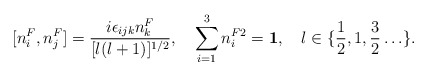
\begin{align*}[n_i^F, n_j^F] = \frac{i \epsilon_{ijk} n_k^F}{[l(l+1)]^{1/2}}, \quad \sum_{i=1}^3 n_i^{F2} = {\bf 1}, \quad l \in\{\frac{1}{2}, 1, \frac{3}{2} \ldots \}.\end{align*}